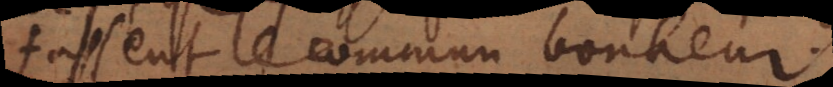
fassent le commun bonheur